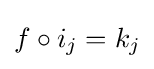
f\circ i_{j}=k_{j}